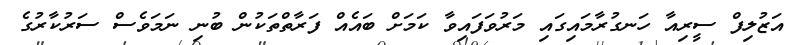
އަޒުލިފް ސީރިއާ ހަނގުރާމައިގައި މަރުވަފައިވާ ކަމަށް ބައެއް ފަރާތްތަކުން ބުނި ނަމަވެސް ސަރުކާރުގެ